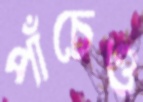
পাঁচেও